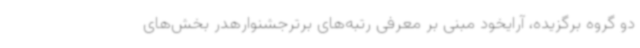
دو گروه برگزیده، آرایخود مبنی بر معرفی رتبه‌های برترجشنوارهدر بخش‌های